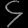
Digit: ၄